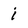
Character: i